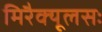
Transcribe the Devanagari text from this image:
मिरैक्यूलसः